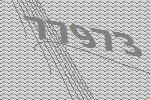
77973